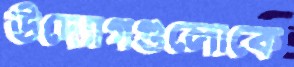
উদ্যোগগুলোকে